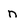
Character: n